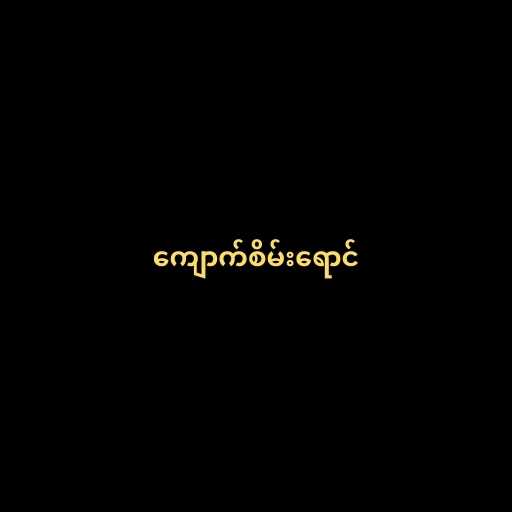
ကျောက်စိမ်းရောင်